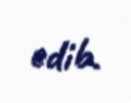
edib.